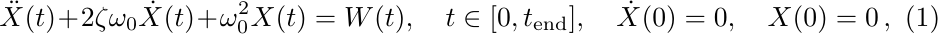
\begin{equation}
  \ddot{X}(t) + 2\zeta\omega_0\dot{X}(t) + \omega_0^2X(t) = W(t),
  \quad t \in [0, t_{\mathrm{end}}], \quad \dot{X}(0) = 0,\quad X(0) = 0\,,
  \label{eq:ex2_stochas_eq}
\end{equation}